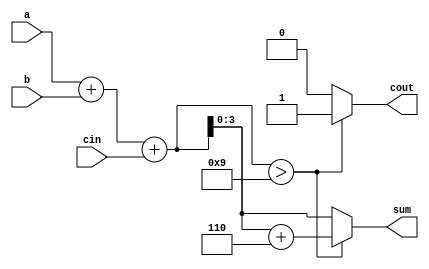
`timescale 1ns / 1ps



module BCDAdder(a,b,cin,sum,cout);
    input [3:0] a;
    input [3:0] b;
    input cin;
    output [3:0] sum;
    output cout;
   
    
    reg [4:0] temp; // for temporary storage & 5 bits since can be that long due to addition
    reg [3:0] sum;
    reg cout;
    always@(a,b,cin)
    begin
      temp = a + b + cin;
      if(temp > 9)
      begin
          temp = temp + 6; // sum > 9 then 6 is added and Carry=1
          cout=1;
          sum = temp[3:0];
      end
      else
      begin
        cout=0;
        sum = temp[3:0];
      end 
    end
    
    
    
    
endmodule